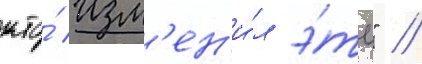
кто́ изм'ен'и́л э́то" //